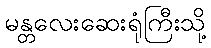
မန္တလေးဆေးရုံကြီးသို့